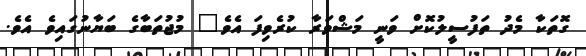
ގޮތަކާ މެދު ތަފުސީލުކޮށް ވަނީ މަޝްވަރާ ކުރެވިފަ އެވެ" މުޖުތަބާގެ ބަޔާނުގައިވެ އެވެ.